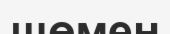
шөмен